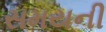
સમયની